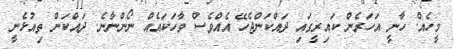
މީހެއް. ހާނީ އަހަރެން ކައިރީގައި ދައްކަންޖެހޭ އެއްވެސް ވާހަކައެއް ނޯންނާނެ. ދައްކަން ތިއުޅެނީ